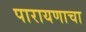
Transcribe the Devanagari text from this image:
पारायणाचा